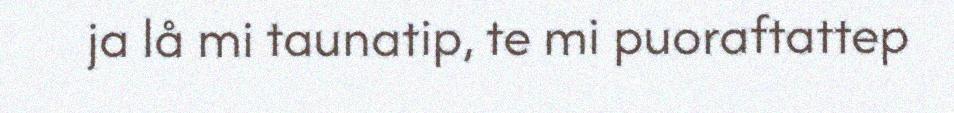
ja lå mi taunatip, te mi puoraftattep